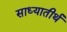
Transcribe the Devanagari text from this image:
साध्यातीर्थ